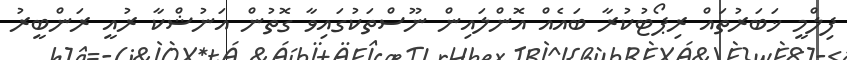
ފިލްމީ ޚަބަރުތައް ރިޕޯޓުކުރާ ބައެއް އޮންލައިން ނޫސްތަކުގައިވާ ގޮތުން އަނުޝްކާ ރުއީ ރަންބީރު